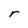
Character: r